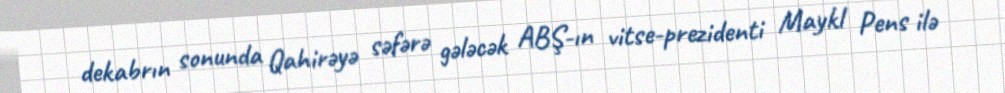
dekabrın sonunda Qahirəyə səfərə gələcək ABŞ-ın vitse-prezidenti Maykl Pens ilə